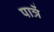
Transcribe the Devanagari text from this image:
पात्रें